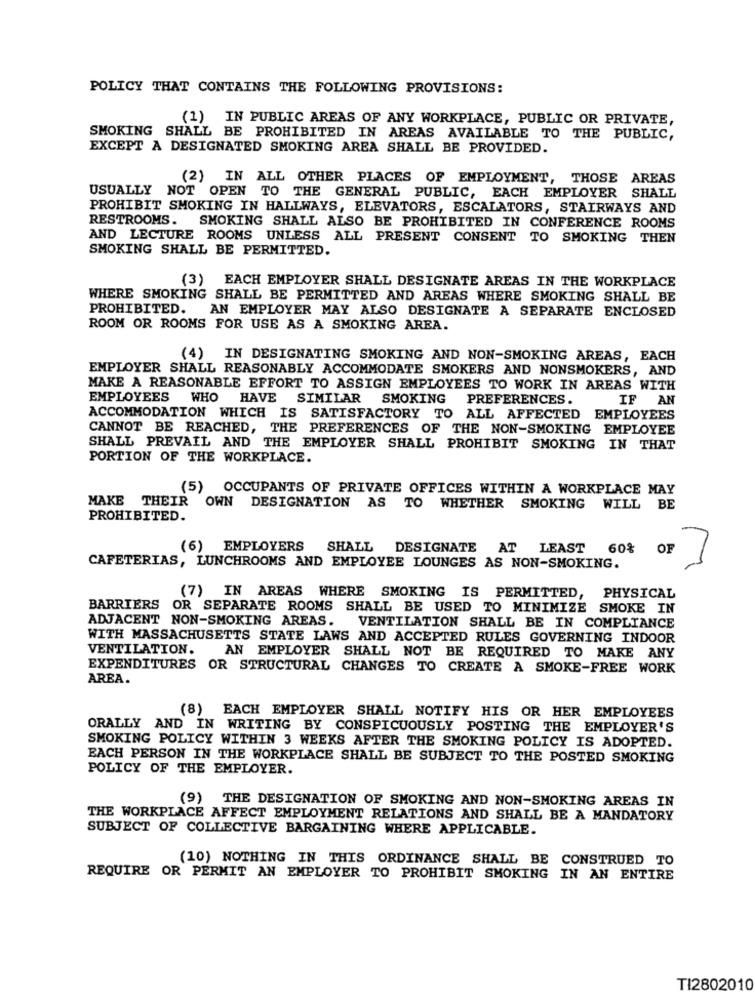
POLICY THAT CONTAINS THE FOLLOWING PROVISIONS:
(1) IN PUBLIC AREAS OF ANY WORKPLACE, PUBLIC OR PRIVATE,
SMOKING SHALL BE PROHIBITED IN AREAS AVAILABLE TO THE PUBLIC,
EXCEPT A DESIGNATED SMOKING AREA SHALL BE PROVIDED.
(2) IN ALL OTHER PLACES OF EMPLOYMENT, THOSE AREAS
USUALLY NOT OPEN TO THE GENERAL PUBLIC, EACH EMPLOYER SHALL
PROHIBIT SMOKING IN HALLWAYS, ELEVATORS, ESCALATORS, STAIRWAYS AND
RESTROOMS.
SMOKING SHALL ALSO BE PROHIBITED IN CONFERENCE ROOMS
AND LECTURE ROOMS UNLESS ALL PRESENT CONSENT TO SMOKING THEN
SMOKING SHALL BE PERMITTED.
(3) EACH EMPLOYER SHALL DESIGNATE AREAS IN THE WORKPLACE
WHERE SMOKING SHALL BE PERMITTED AND AREAS WHERE SMOKING SHALL BE
PROHIBITED. AN EMPLOYER MAY ALSO DESIGNATE A SEPARATE ENCLOSED
ROOM OR ROOMS FOR USE AS A SMOKING AREA.
(4) IN DESIGNATING SMOKING AND NON-SMOKING AREAS, EACH
EMPLOYER SHALL REASONABLY ACCOMMODATE SMOKERS AND NONSMOKERS, AND
MAKE A REASONABLE EFFORT TO ASSIGN EMPLOYEES TO WORK IN AREAS WITH
EMPLOYEES
WHO
HAVE SIMILAR SMOKING
PREFERENCES.
IF AN
ACCOMMODATION WHICH IS SATISFACTORY TO ALL AFFECTED EMPLOYEES
CANNOT BE REACHED, THE PREFERENCES OF THE NON-SMOKING EMPLOYEE
SHALL PREVAIL AND THE EMPLOYER SHALL PROHIBIT SMOKING IN THAT
PORTION OF THE WORKPLACE.
(5)
OCCUPANTS OF PRIVATE OFFICES WITHIN A WORKPLACE MAY
MAKE THEIR OWN DESIGNATION AS TO WHETHER SMOKING WILL BE
PROHIBITED.
(6) EMPLOYERS
SHALL DESIGNATE AT LEAST
60%
CAFETERIAS, LUNCHROOMS AND EMPLOYEE LOUNGES AS NON-SMOKING.
(7) IN AREAS WHERE SMOKING IS PERMITTED, PHYSICAL
BARRIERS OR SEPARATE ROOMS SHALL BE USED TO MINIMIZE SMOKE IN
ADJACENT NON-SMOKING AREAS. VENTILATION SHALL BE IN COMPLIANCE
WITH MASSACHUSETTS STATE LAWS AND ACCEPTED RULES GOVERNING INDOOR
VENTILATION.
AN EMPLOYER SHALL NOT BE REQUIRED TO MAKE ANY
EXPENDITURES OR STRUCTURAL CHANGES TO CREATE A SMOKE-FREE WORK
AREA.
(8) EACH EMPLOYER SHALL NOTIFY HIS OR HER EMPLOYEES
ORALLY AND IN WRITING BY CONSPICUOUSLY POSTING THE EMPLOYER'S
SMOKING POLICY WITHIN 3 WEEKS AFTER THE SMOKING POLICY IS ADOPTED.
EACH PERSON IN THE WORKPLACE SHALL BE SUBJECT TO THE POSTED SMOKING
POLICY OF THE EMPLOYER.
(9) THE DESIGNATION OF SMOKING AND NON-SMOKING AREAS IN
THE WORKPLACE AFFECT EMPLOYMENT RELATIONS AND SHALL BE A MANDATORY
SUBJECT OF COLLECTIVE BARGAINING WHERE APPLICABLE.
(10) NOTHING IN THIS ORDINANCE SHALL BE
CONSTRUED TO
REQUIRE OR PERMIT AN EMPLOYER TO PROHIBIT SMOKING IN AN ENTIRE
TI2802010